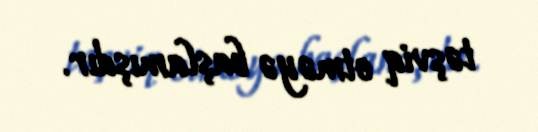
təşviq etməyə başlamışdır.